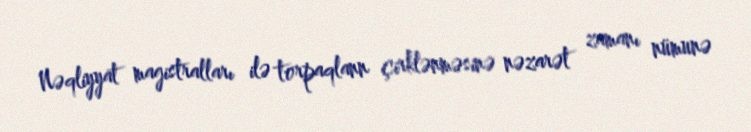
Nəqliyyat magistralları ilə torpaqlann çirklənməsinə nəzarət zamanı nümunə